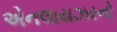
એનલાયઝરનો